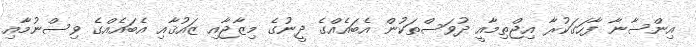
އިންސާނާ ފާހަގަކުރާ އިޖްތިމާއީ ދުވަސްތަކުން އެބައެއްގެ ދީނުގެ މިޒާޖާއި ޒައުޤާއި އެބައެއްގެ ވިސްނުމާއި